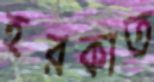
হরকাত